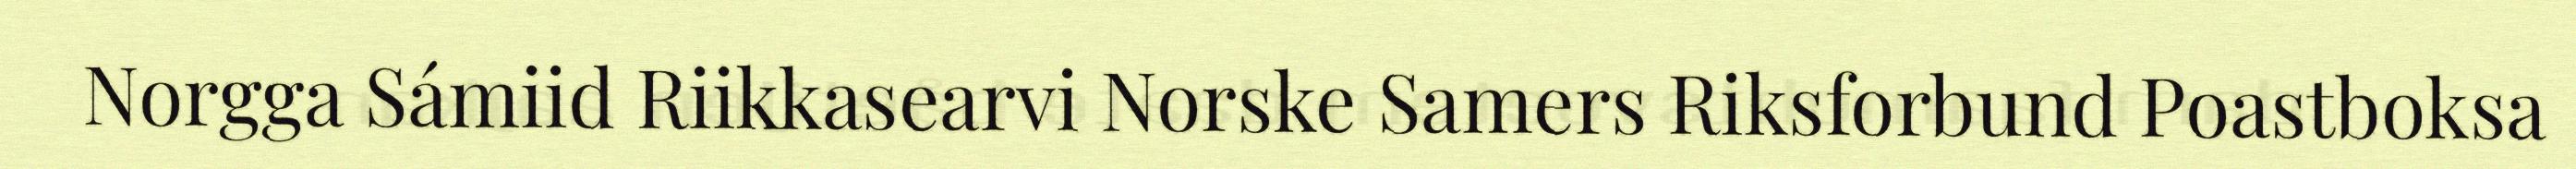
Norgga Sámiid Riikkasearvi Norske Samers Riksforbund Poastboksa